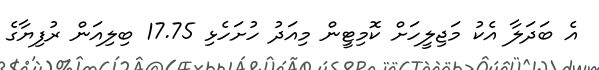
އެ ބަދަލާ އެކު މަޖިލީހަށް ކޮމިޓީން މިއަދު ހުށަހެޅި 17.75 ބިލިއަން ރުފިޔާގެ